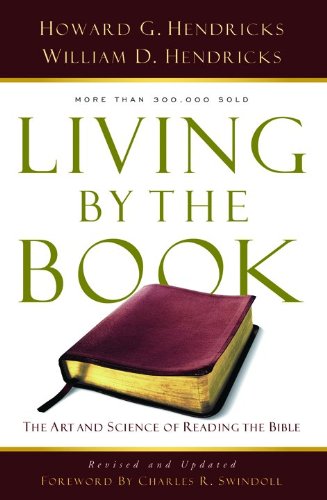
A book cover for Living By the Book: The Art and Science of Reading the Bible; Howard G. G. Hendricks; Christian Books & Bibles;